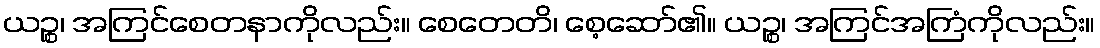
ယဉ္စ၊ အကြင်စေတနာကိုလည်း။ စေတေတိ၊ စေ့ဆော်၏။ ယဉ္စ၊ အကြင်အကြံကိုလည်း။